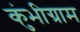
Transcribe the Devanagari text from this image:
कुंभीग्राम